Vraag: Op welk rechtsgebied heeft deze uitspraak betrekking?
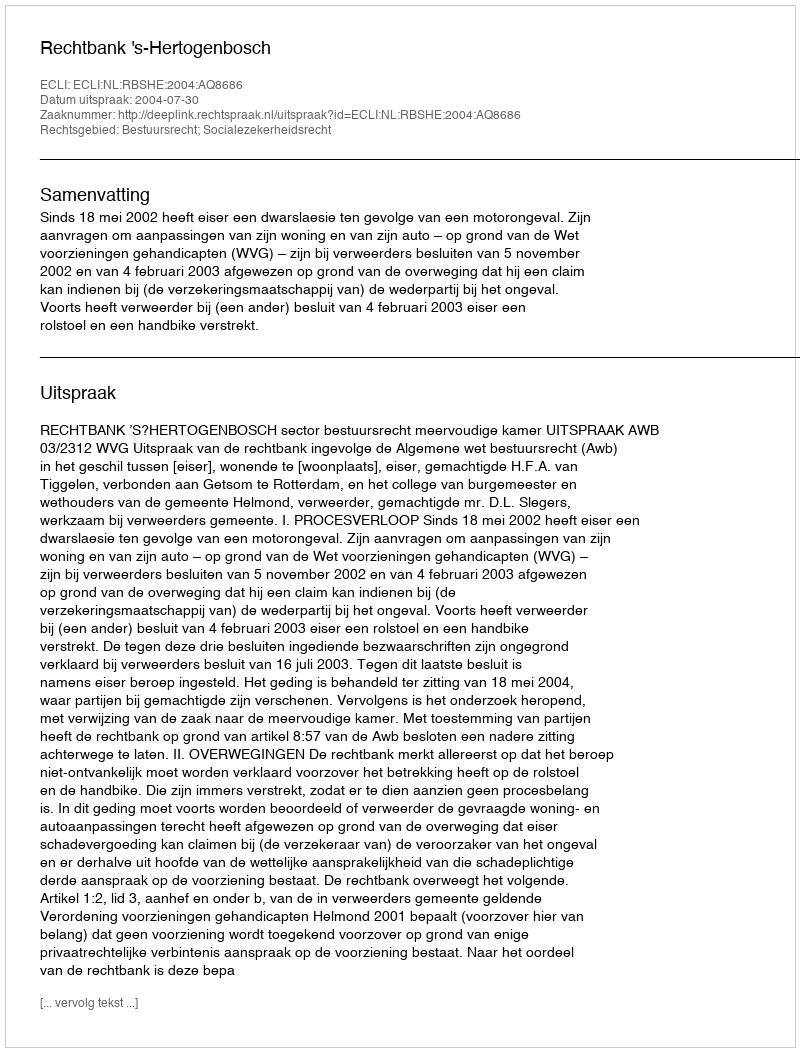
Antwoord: Bestuursrecht; Socialezekerheidsrecht